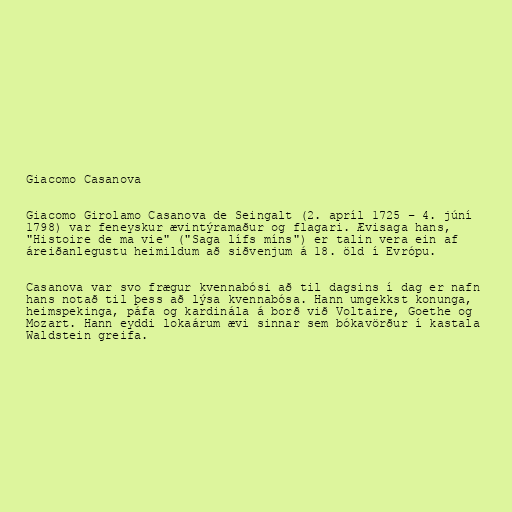
Giacomo Casanova

Giacomo Girolamo Casanova de Seingalt (2. apríl 1725 – 4. júní
1798) var feneyskur ævintýramaður og flagari. Ævisaga hans,
"Histoire de ma vie" ("Saga lífs míns") er talin vera ein af
áreiðanlegustu heimildum að siðvenjum á 18. öld í Evrópu.

Casanova var svo frægur kvennabósi að til dagsins í dag er nafn
hans notað til þess að lýsa kvennabósa. Hann umgekkst konunga,
heimspekinga, páfa og kardinála á borð við Voltaire, Goethe og
Mozart. Hann eyddi lokaárum ævi sinnar sem bókavörður í kastala
Waldstein greifa.